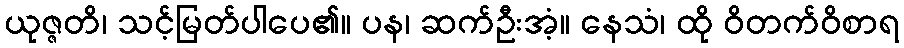
ယုဇ္ဇတိ၊ သင့်မြတ်ပါပေ၏။ ပန၊ ဆက်ဦးအံ့။ နေသံ၊ ထို ဝိတက်ဝိစာရ